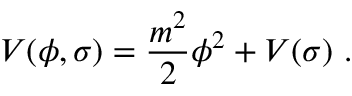
V ( \phi , \sigma ) = { \frac { m ^ { 2 } } { 2 } } \phi ^ { 2 } + V ( \sigma ) \ .